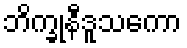
ဘိက္ခုနီဒူသကော